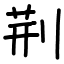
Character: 荆